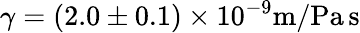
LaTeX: \gamma=(2.0\pm 0.1)\times 10^{-9}\mathrm{m/Pa\, s}